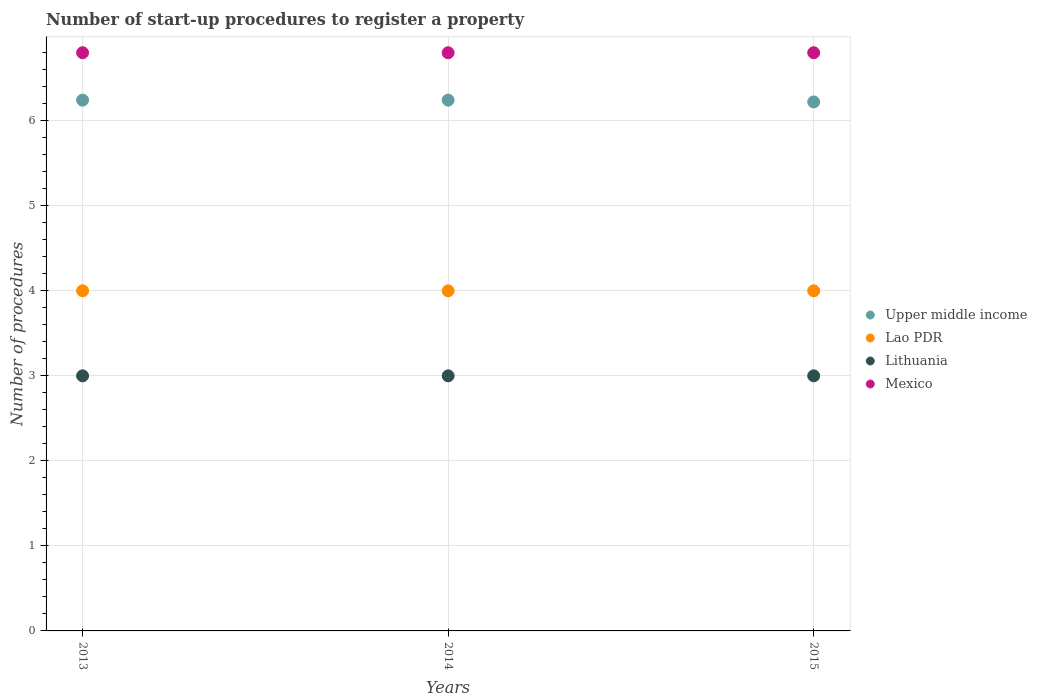
| Years | Upper middle income | Lao PDR | Lithuania | Mexico |
 | --- | --- | --- | --- | --- |
 | 2013 | 6.24 | 4 | 3 | 6.8 |
 | 2014 | 6.24 | 4 | 3 | 6.8 |
 | 2015 | 6.22 | 4 | 3 | 6.8 |